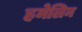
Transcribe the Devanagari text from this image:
हमेलिन